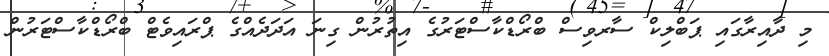
މި ދާއިރާގައި ޕަބްލިކް ސާރވިސް ބްރޯޑްކާސްޓަރުގެ އިތުރުން ގިނަ އަދަދެއްގެ ޕްރައިވެޓް ބްރޯޑްކާސްޓަރުން